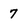
Character: 7